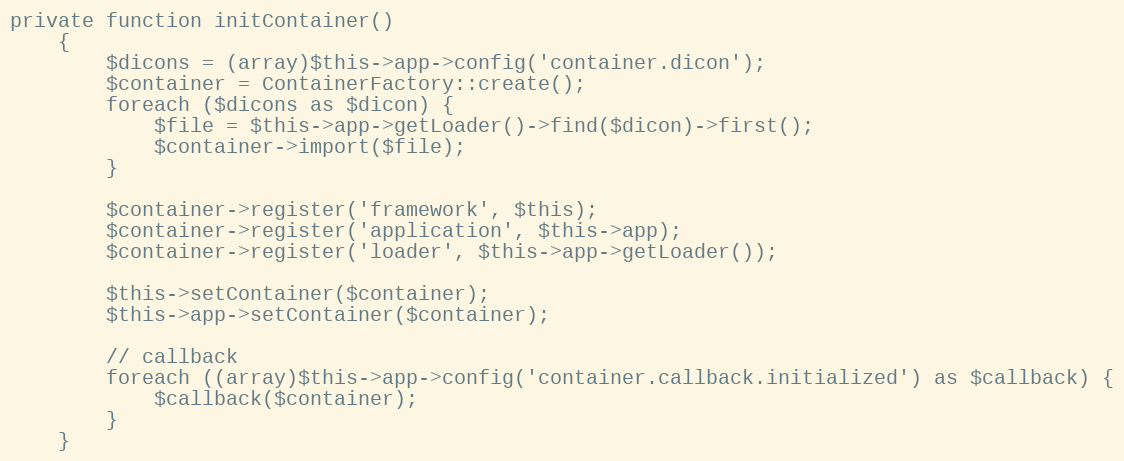
Language: PHP
private function initContainer()
    {
        $dicons = (array)$this->app->config('container.dicon');
        $container = ContainerFactory::create();
        foreach ($dicons as $dicon) {
            $file = $this->app->getLoader()->find($dicon)->first();
            $container->import($file);
        }

        $container->register('framework', $this);
        $container->register('application', $this->app);
        $container->register('loader', $this->app->getLoader());

        $this->setContainer($container);
        $this->app->setContainer($container);

        // callback
        foreach ((array)$this->app->config('container.callback.initialized') as $callback) {
            $callback($container);
        }
    }